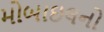
મોબાઇલનો